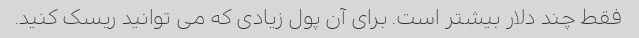
فقط چند دلار بیشتر است. برای آن پول زیادی که می توانید ریسک کنید.